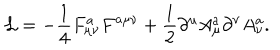
{ \cal L } = - { \frac { 1 } { 4 } } F _ { \mu \nu } ^ { a } F ^ { a \mu \nu } + { \frac { 1 } { 2 } } \partial ^ { \mu } A _ { \mu } ^ { a } \partial ^ { \nu } A _ { \nu } ^ { a } .